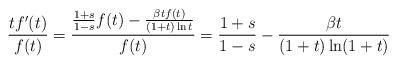
LaTeX: \begin{align*}\frac{tf'(t)}{f(t)}=\frac{\frac{1+s}{1-s}f(t)-\frac{\beta t f(t)}{(1+t)\ln t}}{f(t)}=\frac{1+s}{1-s}-\frac{\beta t}{(1+t)\ln(1+t)}\end{align*}